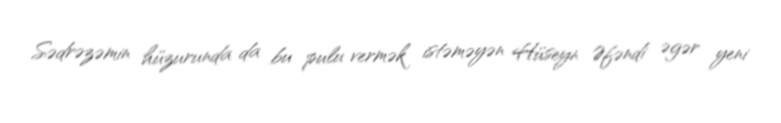
Sədrəzəmin hüzurunda da bu pulu vermək istəməyən Hüseyn Əfəndi əgər yeni